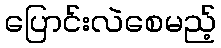
ပြောင်းလဲစေမည့်